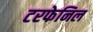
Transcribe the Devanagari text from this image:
टरफेनिल